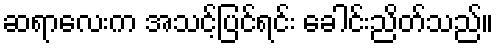
ဆရာလေးက အသင့်ပြင်ရင်း ခေါင်းညိတ်သည်။